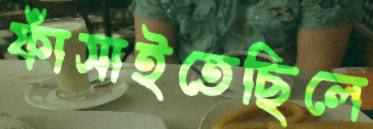
ফাঁসাইতেছিলে